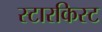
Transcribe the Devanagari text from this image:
स्टारकिस्ट